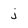
Character: j